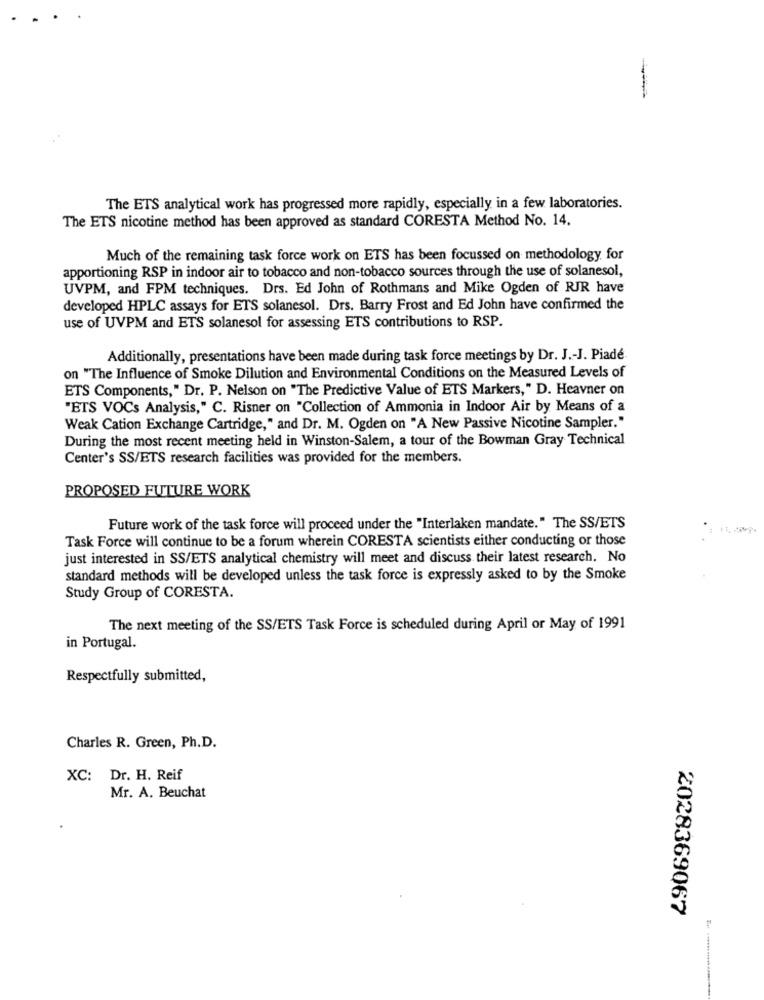
The ETS analytical work has progressed more rapidly, especially in a few laboratories.
The ETS nicotine method has been approved as standard CORESTA Method No. 14.
Much of the remaining task force work on ETS has been focussed on methodology for
apportioning RSP in indoor air to tobacco and non-tobacco sources through the use of solanesol,
UVPM, and FPM techniques. Drs. Ed John of Rothmans and Mike Ogden of RJR have
developed HPLC assays for ETS solanesol. Drs. Barry Frost and Ed John have confirmed the
use of UVPM and ETS solanesol for assessing ETS contributions to RSP.
Additionally, presentations have been made during task force meetings by Dr. J .- J. Piadé
on "The Influence of Smoke Dilution and Environmental Conditions on the Measured Levels of
ETS Components," Dr. P. Nelson on "The Predictive Value of ETS Markers," D. Heavner on
"ETS VOCs Analysis," C. Risner on "Collection of Ammonia in Indoor Air by Means of a
Weak Cation Exchange Cartridge," and Dr. M. Ogden on "A New Passive Nicotine Sampler."
During the most recent meeting held in Winston-Salem, a tour of the Bowman Gray Technical
Center's SS/ETS research facilities was provided for the members.
PROPOSED FUTURE WORK
Future work of the task force will proceed under the "Interlaken mandate." The SS/ETS
Task Force will continue to be a forum wherein CORESTA scientists either conducting or those
just interested in SS/ETS analytical chemistry will meet and discuss their latest research. No
standard methods will be developed unless the task force is expressly asked to by the Smoke
Study Group of CORESTA.
The next meeting of the SS/ETS Task Force is scheduled during April or May of 1991
in Portugal.
Respectfully submitted,
Charles R. Green, Ph.D.
XC: Dr. H. Reif
Mr. A. Beuchat
2028369067